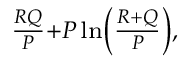
\scriptstyle { \frac { R Q } { P } } + P \ln \left( { \frac { R + Q } { P } } \right) ,